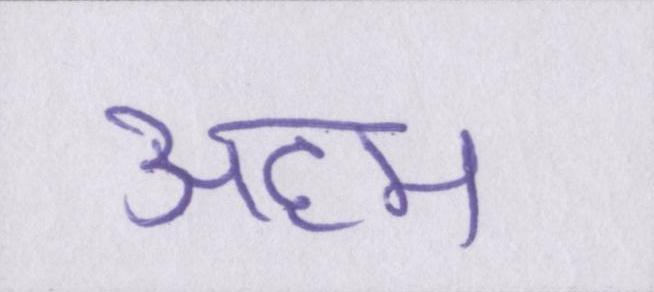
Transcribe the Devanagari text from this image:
अहम